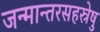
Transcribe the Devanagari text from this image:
जन्मान्तरसहस्रेषु